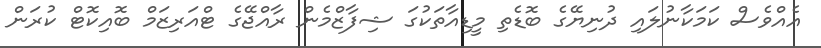
އެއްވެސް ކަމަކާނުލައި ދުނިޔޭގެ ބޮޑެތި މީޑިއާތަކުގަ ޝިފާޒްމެން ރާއްޖޭގެ ޓްއަރިޒަމް ބޮއިކޮޓް ކުރަން